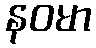
နဝမာ